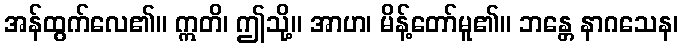
အန်ထွက်လေ၏။ ဣတိ၊ ဤသို့။ အာဟ၊ မိန့်တော်မူ၏။ ဘန္တေ နာဂသေန၊